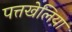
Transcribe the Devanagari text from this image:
पत्तखेलिया